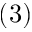
( 3 )